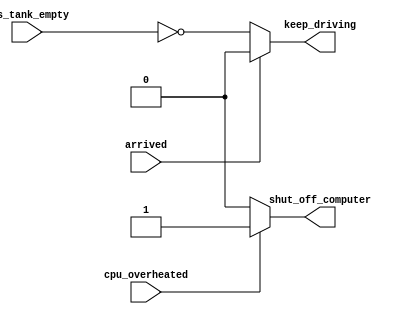
// synthesis verilog_input_version verilog_2001
module top_module (
    input      cpu_overheated,
    output reg shut_off_computer,
    input      arrived,
    input      gas_tank_empty,
    output reg keep_driving
); //

    always @(*) begin
        if (cpu_overheated)
            shut_off_computer = 1'b1;
        else
            shut_off_computer = 1'b0;
    end

    always @(*) begin
        if (~arrived)
            keep_driving = ~gas_tank_empty;
        else
            keep_driving = 1'b0;
    end

endmodule